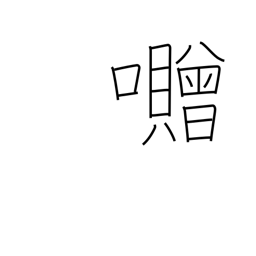
Meaning: used in place names